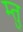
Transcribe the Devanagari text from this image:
म्तु